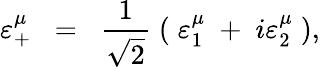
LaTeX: \varepsilon_{+}^{\mu}\; \; =\; \; \frac{1}{\sqrt{2}}\; (\; \varepsilon_{1}^{\mu}\; +\; i\varepsilon_{2}^{\mu}\; ),